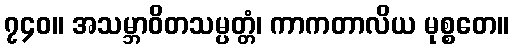
၇၄၀။ အသမ္ဘာဝိတသမ္ပတ္တံ၊ ကာကတာလိယ မုစ္စတေ။